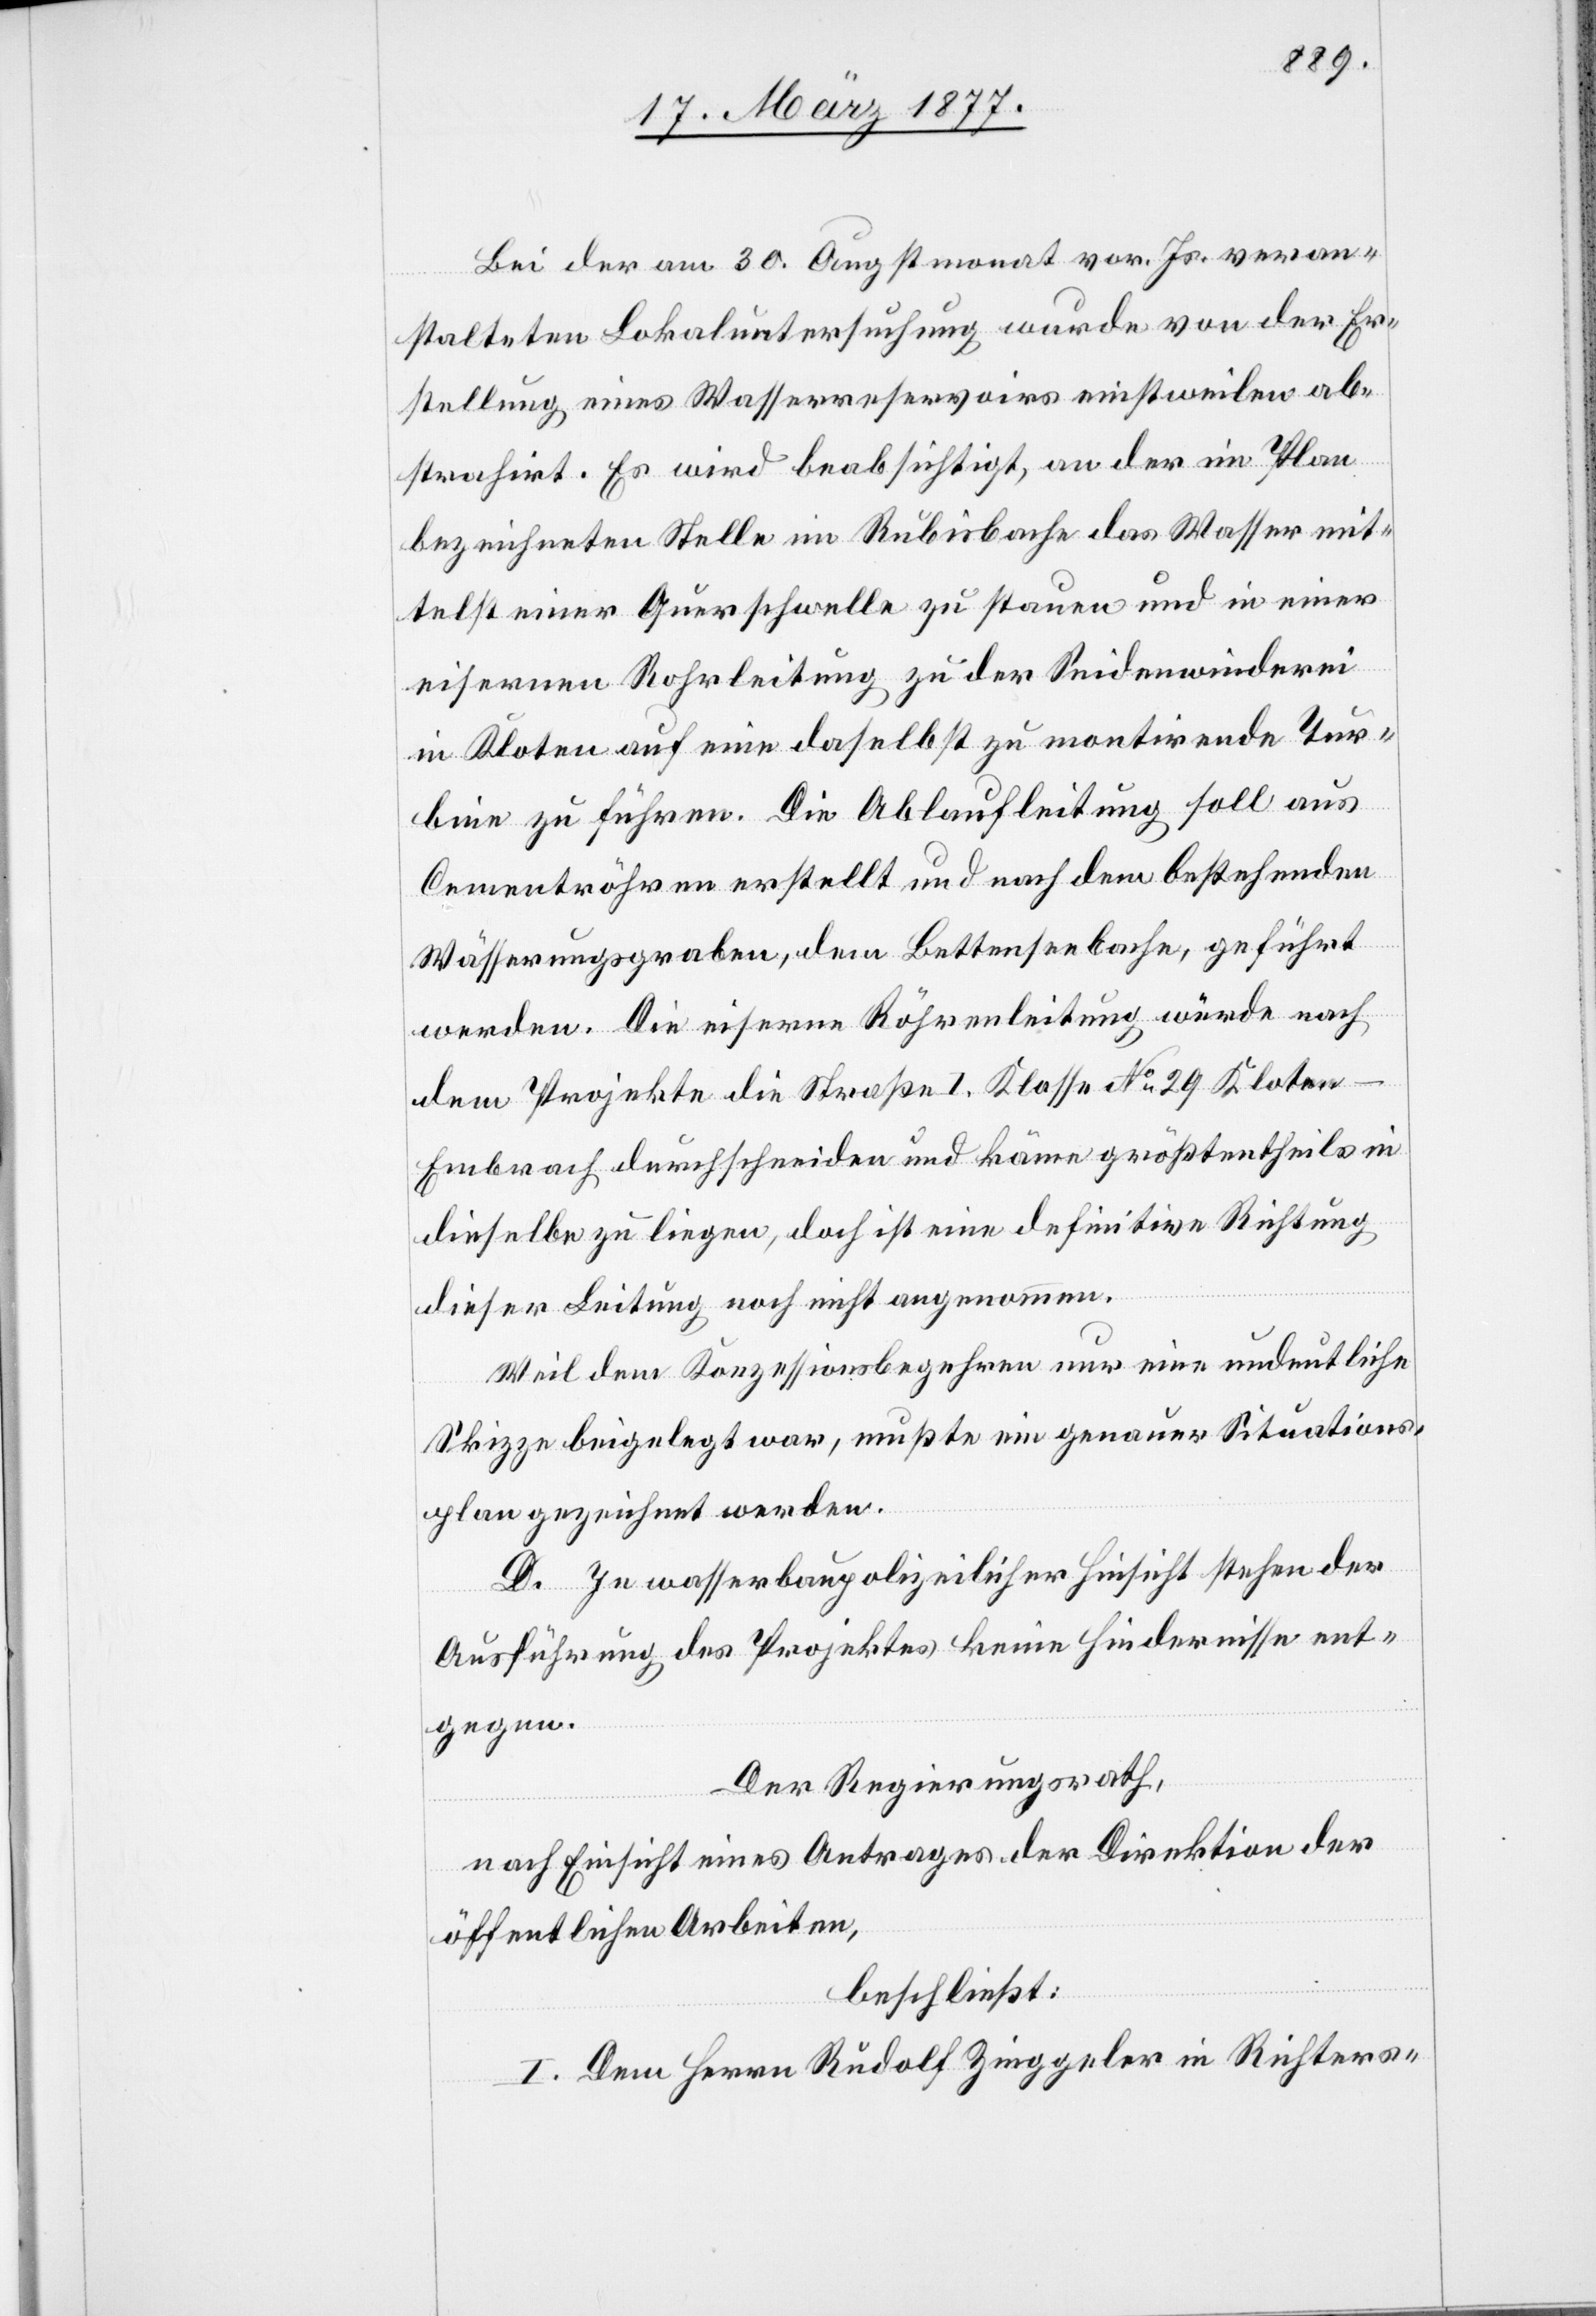
Bei der am 30. Augstmonat vor. Js. veran¬
stalteten Lokaluntersuchung wurde von der Er¬
stellung eines Wasserreservoirs einstweilen ab¬
strahirt. Es wird beabsichtigt, an der im Plan
bezeichneten Stelle im Rubisbache das Wasser mit¬
telst einer Querschwelle zu stauen und in einer
eisernen Rohrleitung zu der Seidenwinderei
in Kloten auf eine daselbst zu montirende Tur¬
bine zu führen. Die Ablaufleitung soll aus
Cementröhren erstellt und nach dem bestehenden
Wässerungsgraben, dem Bettenseebache, geführt
werden. Die eiserne Röhrenleitung würde nach
dem Projekte die Straße I. Klasse No 29 Kloten–E¬
mbrach durchschneiden und käme größtentheils in
dieselbe zu liegen, doch ist eine definitive Richtung
dieser Leitung noch nicht angenommen.
Weil dem Konzessionsbegehren nur eine undeutliche
Skizze beigelegt war, mußte ein genauer Situations¬
plan gezeichnet werden.
D. In wasserbaupolizeilicher Hinsicht stehen der
Ausführung des Projektes keine Hindernisse ent¬
gegen.
Der Regierungsrath,
nach Einsicht eines Antrages der Direktion der
öffentlichen Arbeiten,
beschließt:
I. Dem Herrn Rudolf Zinggeler in Richters-